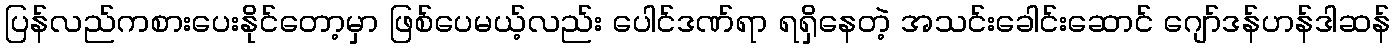
ပြန်လည်ကစားပေးနိုင်တော့မှာ ဖြစ်ပေမယ့်လည်း ပေါင်ဒဏ်ရာ ရရှိနေတဲ့ အသင်းခေါင်းဆောင် ဂျော်ဒန်ဟန်ဒါဆန်